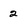
Character: 2